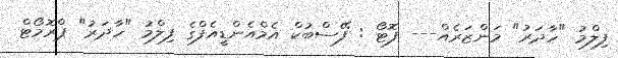
ފިލްމު "ހާދަރު" މަންޒަރެއް--- ފޮޓޯ : ފޭސްބުކް އެމްއެންޑީއެފްގެ ފިލްމު "ހާދަރު" ޕްރޮމޯޓް